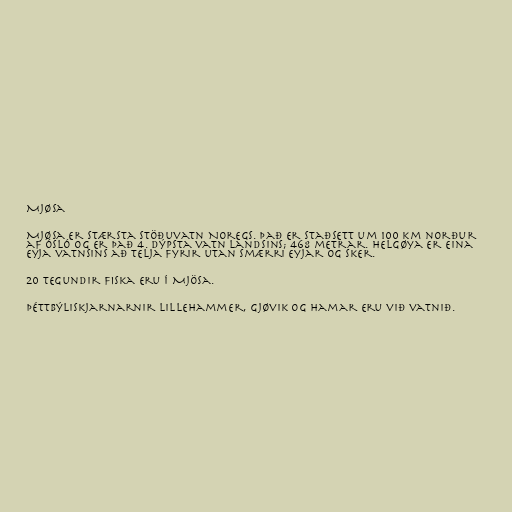
Mjøsa

Mjøsa er stærsta stöðuvatn Noregs. Það er staðsett um 100 km norður
af Ósló og er það 4. dýpsta vatn landsins; 468 metrar. Helgøya er eina
eyja vatnsins að telja fyrir utan smærri eyjar og sker.

20 tegundir fiska eru í Mjösa.

Þéttbýliskjarnarnir Lillehammer, Gjøvik og Hamar eru við vatnið.